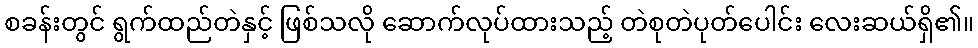
စခန်းတွင် ရွက်ထည်တဲနှင့် ဖြစ်သလို ဆောက်လုပ်ထားသည့် တဲစုတဲပုတ်ပေါင်း လေးဆယ်ရှိ၏။